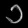
Digit: ၁